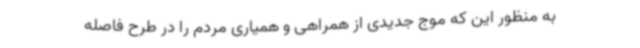
به منظور این که موج جدیدی از همراهی و همیاری مردم را در طرح فاصله